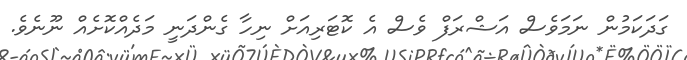
ގަދަކަމުން ނަމަވެސް އަޝްރަފް ވެސް އެ ކޮޓަރިއަށް ނިހާ ގެންދަނީ މަދެއްކޮށެއް ނޫނެވެ.